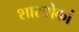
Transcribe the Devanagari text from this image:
शास्त्रोकां